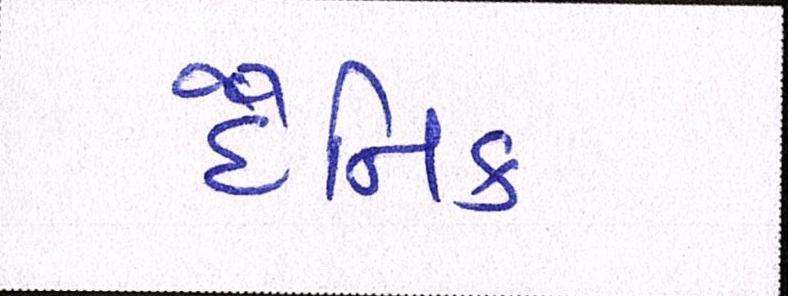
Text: દૈનિક